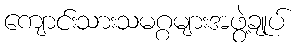
ကျောင်းသားသမဂ္ဂများအဖွဲ့ချုပ်